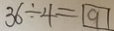
3 6 \div 4 = \boxed { 9 }